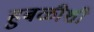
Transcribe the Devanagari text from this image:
हुबळीशी